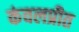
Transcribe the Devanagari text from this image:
कंवलप्रीत